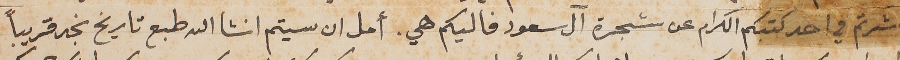
اشرتم في احد كتبكم الكرام عن شجرة آل سعود فاليكم هي. أمل ان سيتم انشا الله طبع تاريخ نجد قريباً